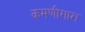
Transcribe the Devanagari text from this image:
कमणीगारा